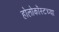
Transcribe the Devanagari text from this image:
होलोकॉस्टच्या